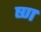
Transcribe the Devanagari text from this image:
ष्ण